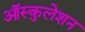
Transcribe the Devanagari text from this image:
ऑस्कुलेशन